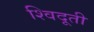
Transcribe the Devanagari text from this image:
श्विदूती